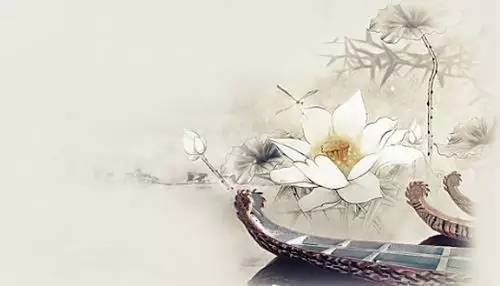
画船儿天边至，酒旗儿风外飐。